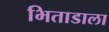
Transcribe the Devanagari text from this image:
भिताडाला